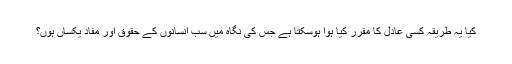
کیا یہ طریقہ کسی عادل کا مقرر کیا ہوا ہوسکتا ہے جس کی نگاہ میں سب انسانوں کے حقوق اور مفاد یکساں ہوں؟